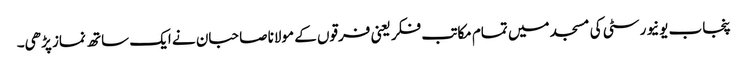
پنجاب یونیورسٹی کی مسجد میں تمام مکاتب فکر یعنی فرقوں کے مولانا صاحبان نے ایک ساتھ نماز پڑھی۔